Vaccination report Assam 1896-1927 - 1896-1927
Year: 1896
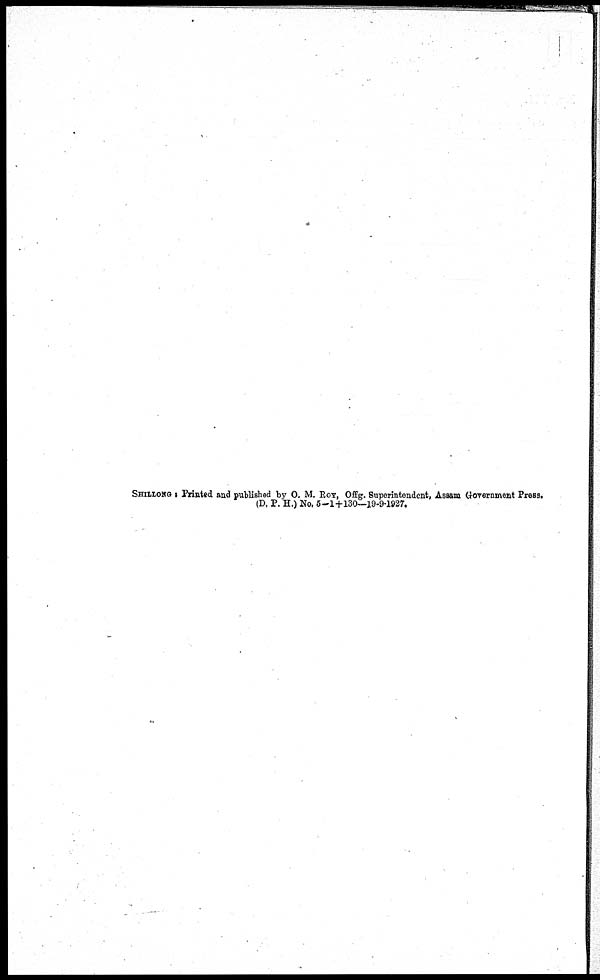
SHILLONG : Printed and published by O. M. ROY, Offg. Superintendent, Assam Government Press.
(D. P. H.) No. 5—1+130—19-9-1927.